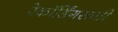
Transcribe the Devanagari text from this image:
रेकॉर्डिंगसाठी